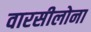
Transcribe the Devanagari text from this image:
वारसीलोना